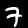
Label: 7